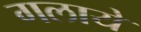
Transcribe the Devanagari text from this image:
गलाये